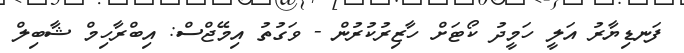
ފަނޑިޔާރު އަލީ ހަމީދު ކޯޓަށް ހާޒިރުކުރުން - ވަގުތު އިމޭޖްސް: އިބްރާހިމް ޝާބިލް